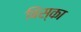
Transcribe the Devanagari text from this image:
बिस्का